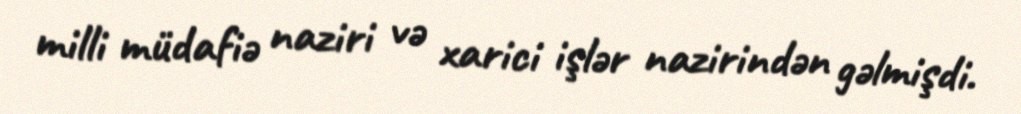
milli müdafiə naziri və xarici işlər nazirindən gəlmişdi.